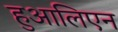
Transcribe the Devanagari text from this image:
हुआलिएन